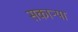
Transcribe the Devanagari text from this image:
सकाऱ्या